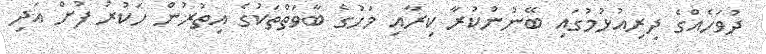
ދުވަހެއްގެ ދިރިއުޅުމުގައި ބޭނުންކުރާ ކިރާއި މަހުގެ ބާވަތްތަކުގެ އިތުުރުން ހަކުރު ފުށް އަދި